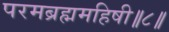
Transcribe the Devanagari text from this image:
परमब्रह्ममहिषी॥८॥